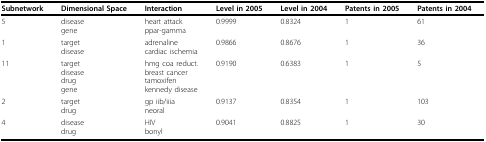
| Subnetwork | Dimensional Space | Interaction | Level in 2005 | Level in 2004 | Patents in 2005 | Patents in 2004 |
 | --- | --- | --- | --- | --- | --- | --- |
 | 5 | diseasegene | heart attackppar-gamma | 0.9999 | 0.8324 | 1 | 61 |
 | 1 | targetdisease | adrenalinecardiac ischemia | 0.9866 | 0.8676 | 1 | 36 |
 | 11 | targetdiseasedruggene | hmg coa reduct.breast cancertamoxifenkennedy disease | 0.9190 | 0.6383 | 1 | 5 |
 | 2 | targetdrug | gp iib/iiianeoral | 0.9137 | 0.8354 | 1 | 103 |
 | 4 | diseasedrug | HIVbonyl | 0.9041 | 0.8825 | 1 | 30 |